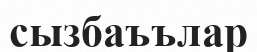
сызбаъълар